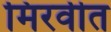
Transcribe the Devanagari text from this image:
मिरवीत